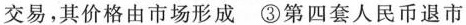
交易，其价格由市场形成 \textcircled {3}第四套人民币退市